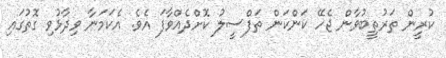
ކުރީން ތަރުތީބުވާން ޖެހޭ ކަންކަން ތަފްސީލު ކޮށްދެއްވާފަ އެވެ. އެކަމަނާ ވިދާޅުވި ގޮތުގައި